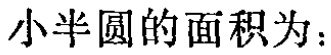
小半圆的面积为：